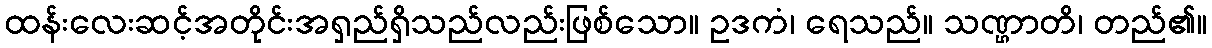
ထန်းလေးဆင့်အတိုင်းအရှည်ရှိသည်လည်းဖြစ်သော။ ဥဒကံ၊ ရေသည်။ သဏ္ဌာတိ၊ တည်၏။